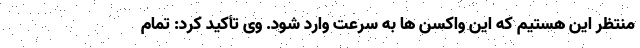
منتظر این هستیم که این واکسن ها به سرعت وارد شود. وی تأکید کرد: تمام